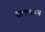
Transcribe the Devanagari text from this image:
खाद्यकरण